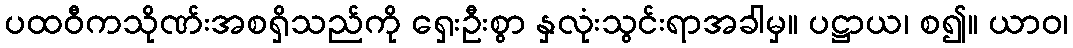
ပထဝီကသိုဏ်းအစရှိသည်ကို ရှေးဦးစွာ နှလုံးသွင်းရာအခါမှ။ ပဋ္ဌာယ၊ စ၍။ ယာဝ၊